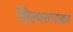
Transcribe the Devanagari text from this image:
शिल्परत्नाकर